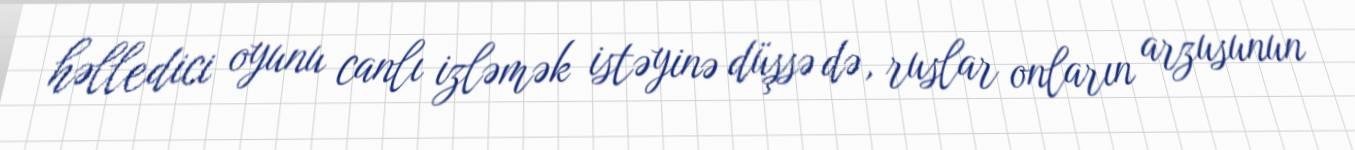
həlledici oyunu canlı izləmək istəyinə düşsə də, ruslar onların arzusunun